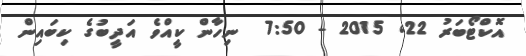
އޮކްޓޯބަރު 22